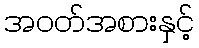
အဝတ်အစားနှင့်